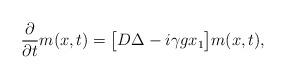
LaTeX: \begin{align*}\frac{\partial}{\partial t} m(x,t) = \bigl[D \Delta - i \gamma g x_1\bigr] m(x,t) ,\end{align*}